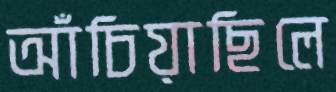
আঁচিয়াছিলে